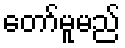
တော်မူမည်